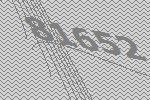
81652